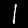
Label: 1